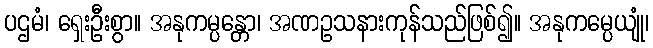
ပဌမံ၊ ရှေးဦးစွာ။ အနုကမ္ပန္တော၊ အဏဥသနားကုန်သည်ဖြစ်၍။ အနုကမ္ပေယျုံ၊